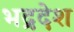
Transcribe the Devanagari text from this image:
भद्रदेश